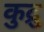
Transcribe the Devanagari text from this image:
कुद्रु